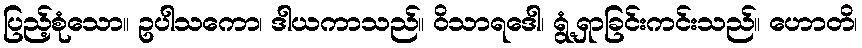
ပြည့်စုံသော။ ဥပါသကော၊ ဒါယကာသည်။ ဝိသာရဒေါ၊ ရွံ့ရှာခြင်းကင်းသည်။ ဟောတိ၊